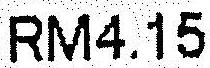
RM4.15